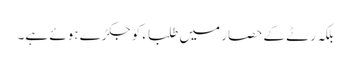
بلکہ رٹے کے حصار میں طلباء کو جکڑے ہوئے ہے۔